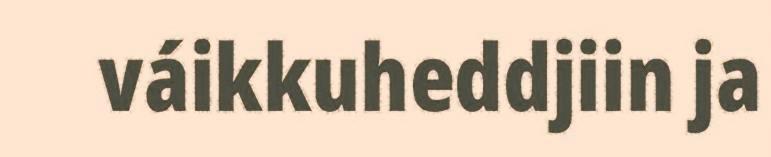
váikkuheddjiin ja